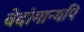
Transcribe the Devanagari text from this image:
वेदांगान्यपि